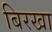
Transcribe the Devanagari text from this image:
बिरखा